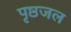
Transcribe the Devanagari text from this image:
पृष्ठजल